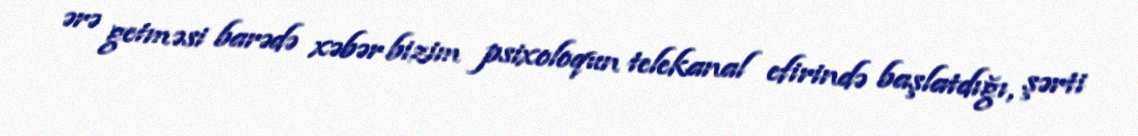
ərə getməsi barədə xəbər bizim psixoloqun telekanal efirində başlatdığı, şərti